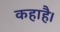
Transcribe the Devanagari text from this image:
कहाहै।